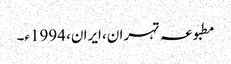
مطبوعہ تہران، ایران، 1994ء۔